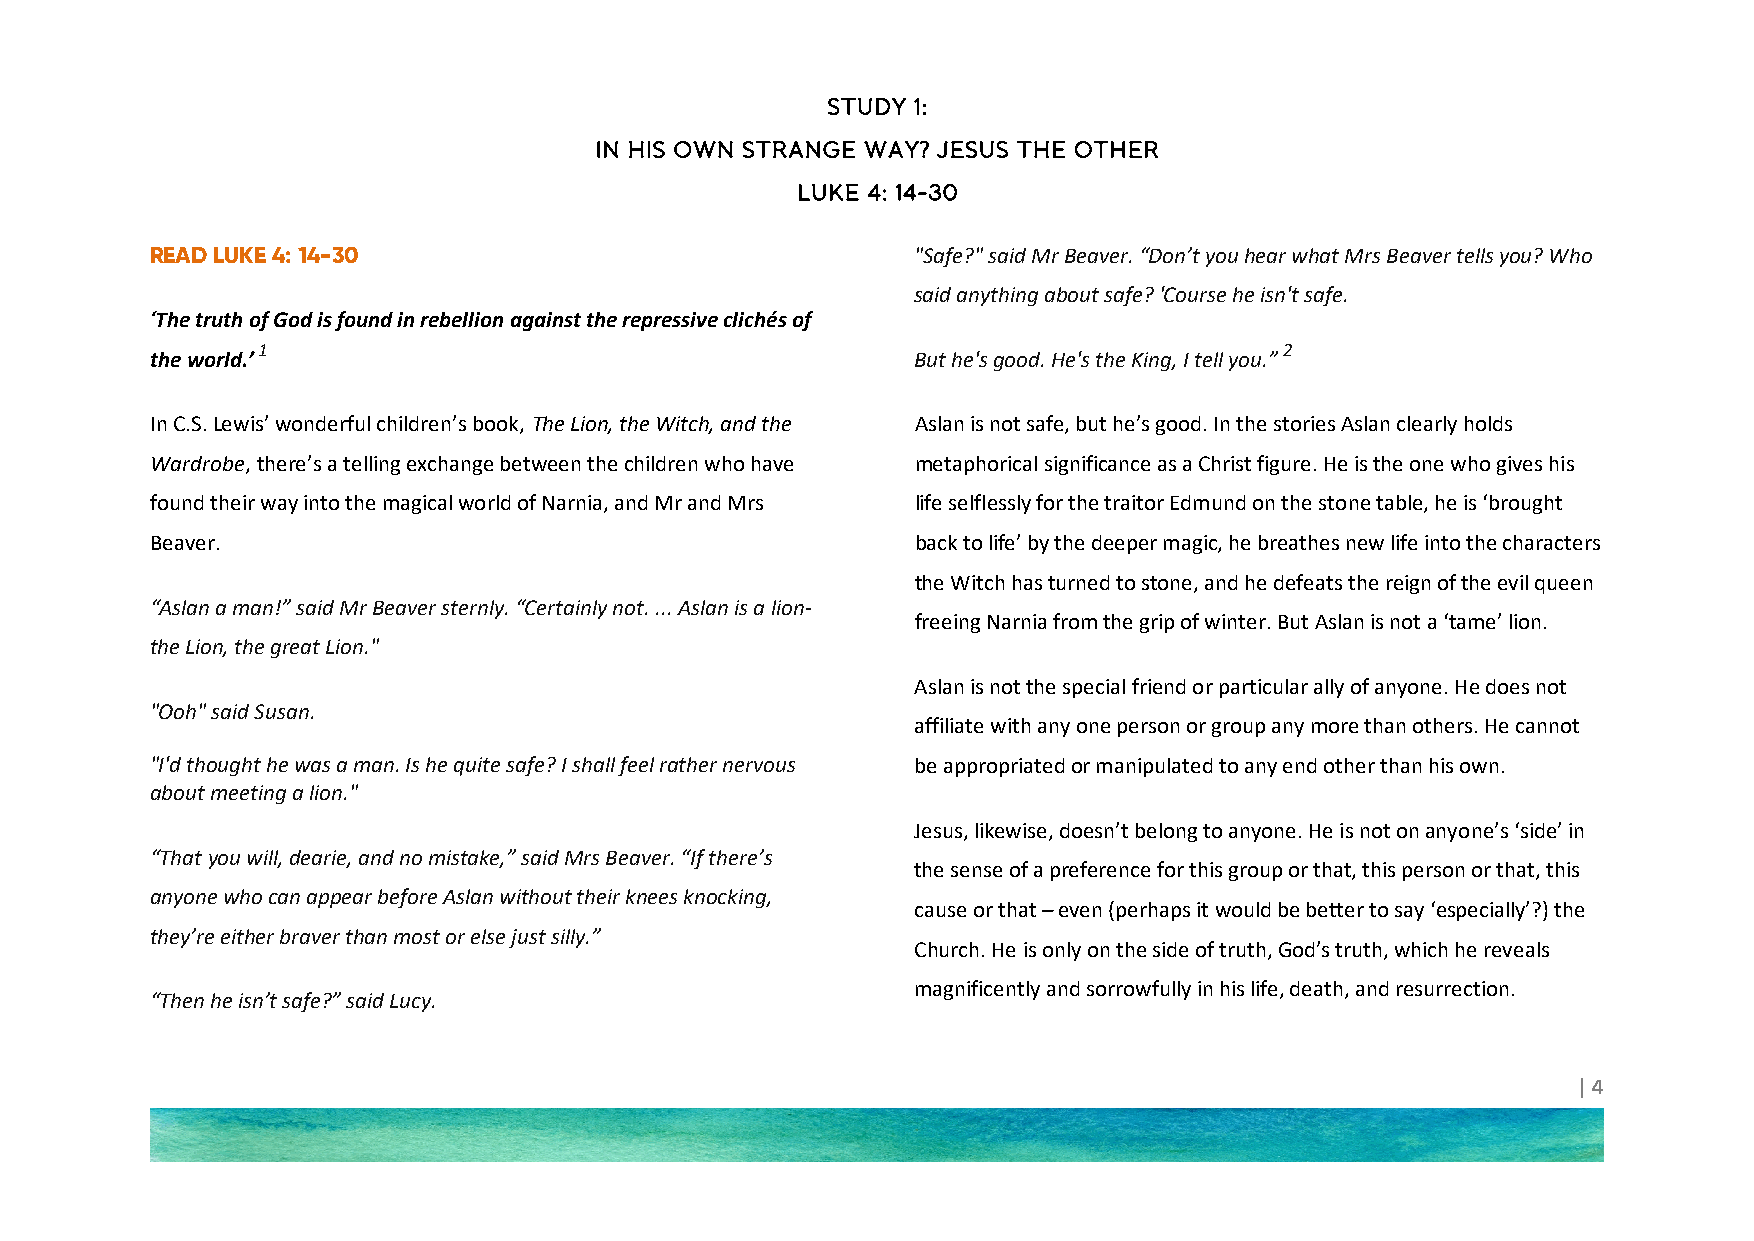
STUDY 1:
 IN HIS OWN STRANGE WAY? JESUS THE OTHER
 LUKE 4: 14-30
 READ LUKE 4: 14-30                                 "Safe?" said Mr Beaver. “Don’t you hear what Mrs Beaver tells you? Who
 said anything about safe? 'Course he isn't safe.
 ‘The truth of God is found in rebellion against the repressive clichés of
 1                                                                   2
 the world.’                                        But he's good. He's the King, I tell you.”
 In C.S. Lewis’ wonderful children’s book, The Lion, the Witch, and the Aslan is not safe, but he’s good. In the stories Aslan clearly holds
 Wardrobe, there’s a telling exchange between the children who have metaphorical significance as a Christ figure. He is the one who gives his
 found their way into the magical world of Narnia, and Mr and Mrs life selflessly for the traitor Edmund on the stone table, he is ‘brought
 Beaver.                                            back to life’ by the deeper magic, he breathes new life into the characters
 the Witch has turned to stone, and he defeats the reign of the evil queen
 “Aslan a man!” said Mr Beaver sternly. “Certainly not. ... Aslan is a lion-
 freeing Narnia from the grip of winter. But Aslan is not a ‘tame’ lion.
 the Lion, the great Lion."
 Aslan is not the special friend or particular ally of anyone. He does not
 "Ooh" said Susan.
 affiliate with any one person or group any more than others. He cannot
 "I'd thought he was a man. Is he quite safe? I shall feel rather nervous be appropriated or manipulated to any end other than his own.
 about meeting a lion."
 Jesus, likewise, doesn’t belong to anyone. He is not on anyone’s ‘side’ in
 “That you will, dearie, and no mistake,” said Mrs Beaver. “If there’s
 the sense of a preference for this group or that, this person or that, this
 anyone who can appear before Aslan without their knees knocking,
 cause or that – even (perhaps it would be better to say ‘especially’?) the
 they’re either braver than most or else just silly.”
 Church. He is only on the side of truth, God’s truth, which he reveals
 magnificently and sorrowfully in his life, death, and resurrection.
 “Then he isn’t safe?” said Lucy.
 | 4